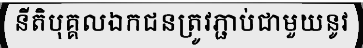
នីតិបុគ្គលឯកជនត្រូវភ្ជាប់ជាមួយនូវ